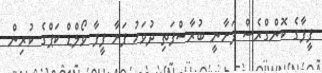
ފީފާގެ ކޮންގްރެސް ފަށާނީ ބުރާސްފަތި ދުވަހު ފަށާ ފީފާ ވޯލްޑް ކަޕްގެ ކުރިން